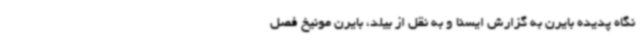
نگاه پدیده بایرن به گزارش ایسنا و به نقل از بیلد، بایرن مونیخ فصل